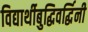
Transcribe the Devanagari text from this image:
विद्यार्थीबुद्धिवर्द्धिनी